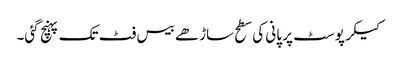
کیکر پوسٹ پر پانی کی سطح ساڑھے بیس فٹ تک پہنچ گئی۔